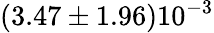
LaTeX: (3.47\pm 1.96)10^{-3}